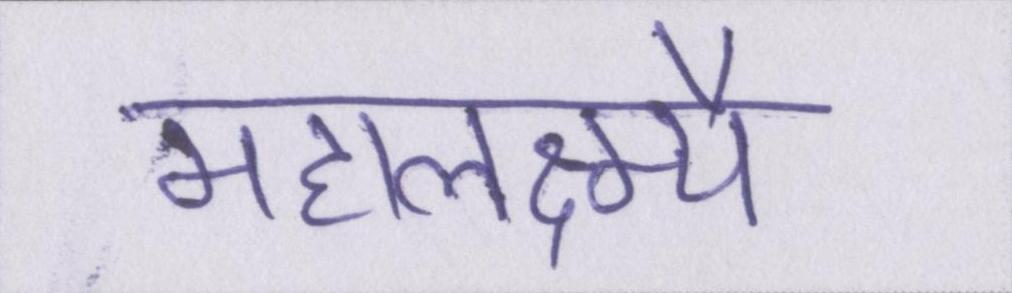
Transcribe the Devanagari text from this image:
महालक्ष्म्यै